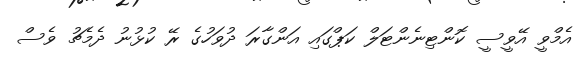
އެމްވީ އޭވީސީ ކޮންޓިނެންޓަލް ކަޕްގައި އަންގާރަ ދުވަހުގެ ރޭ ކުޅުނު ދެމެޗު ވެސް